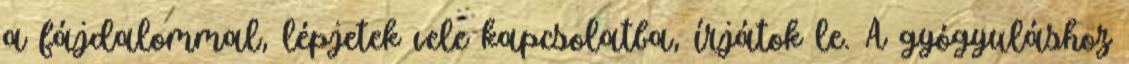
a fájdalommal, lépjetek vele kapcsolatba, írjátok le. A gyógyuláshoz